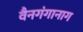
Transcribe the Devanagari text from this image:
वैनगंगानाग